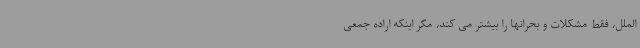
الملل، فقط مشکلات و بحرانها را بیشتر می کند، مگر اینکه اراده جمعی